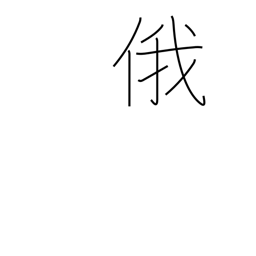
Meaning: abrupt